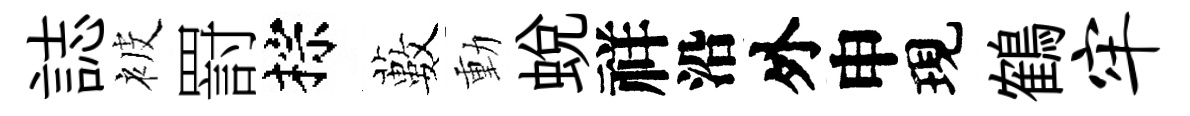
誌被罸棕藪動蜕祥沿外申現鶴牢